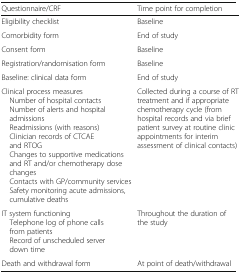
<table><thead><tr><td><b>Questionnaire/CRF</b></td><td><b>Time point for completion</b></td></tr></thead><tbody><tr><td>Eligibility checklist</td><td>Baseline</td></tr><tr><td>Comorbidity form</td><td>End of study</td></tr><tr><td>Consent form</td><td>Baseline</td></tr><tr><td>Registration/randomisation form</td><td>Baseline</td></tr><tr><td>Baseline: clinical data form</td><td>End of study</td></tr><tr><td>Clinical process measures Number of hospital contacts Number of alerts and hospital admissions Readmissions (with reasons) Clinician records of CTCAE and RTOG Changes to supportive medications and RT and/or chemotherapy dose changes Contacts with GP/community services Safety monitoring acute admissions, cumulative deaths</td><td>Collected during a course of RT treatment and if appropriate chemotherapy cycle (from hospital records and via brief patient survey at routine clinic appointments for interim assessment of clinical contacts)</td></tr><tr><td>IT system functioning Telephone log of phone calls from patients Record of unscheduled server down time</td><td>Throughout the duration of the study</td></tr><tr><td>Death and withdrawal form</td><td>At point of death/withdrawal</td></tr></tbody></table>